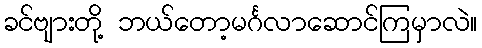
ခင်ဗျားတို့ ဘယ်တော့မင်္ဂလာဆောင်ကြမှာလဲ။